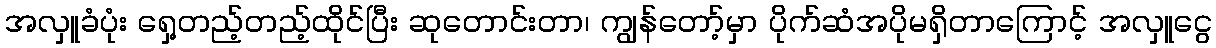
အလှူခံပုံး ရှေ့တည့်တည့်ထိုင်ပြီး ဆုတောင်းတာ၊ ကျွန်တော့်မှာ ပိုက်ဆံအပိုမရှိတာကြောင့် အလှူငွေ